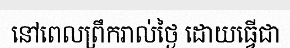
នៅពេលព្រឹករាល់ថ្ងៃ ដោយធ្វើជា